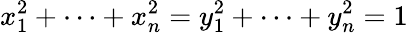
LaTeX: x_{1}^{2}+\dots+x_{n}^{2}=y_{1}^{2}+\dots+y_{n}^{2}=1